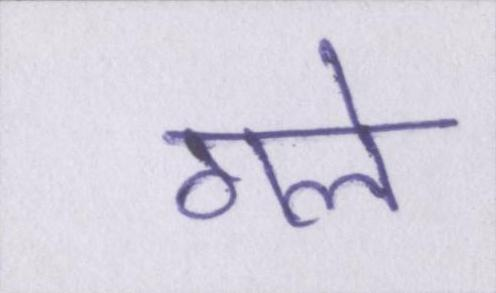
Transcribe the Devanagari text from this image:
गले